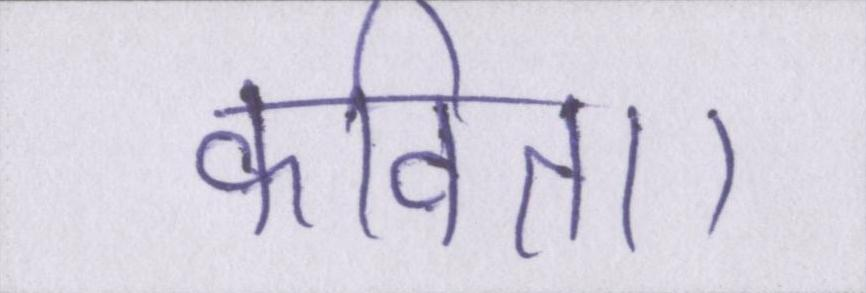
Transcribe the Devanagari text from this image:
कविता।